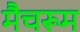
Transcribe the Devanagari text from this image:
मैचरूम